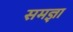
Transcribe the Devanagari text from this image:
समज्ञा